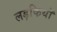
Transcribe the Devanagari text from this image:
लड़कियाॅ